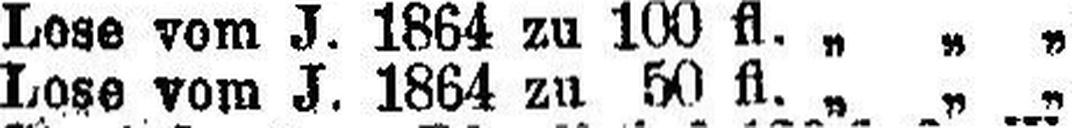
Lose vom J. 1864 zu 50 fl. „ „ „